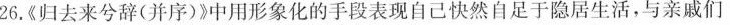
26.《归去来兮辞(并序)》中用形象化的手段表现自己快然自足于隐居生活，与亲戚们